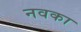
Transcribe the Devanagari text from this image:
नवका